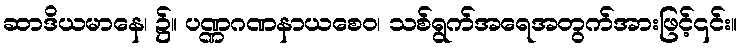
ဆာဒိယမာနေ၊ ၌။ ပဏ္ဏဂဏနာယစေဝ၊ သစ်ရွက်အရေအတွက်အားဖြင့်၎င်း။